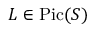
L \in { \mathrm { P i c } } ( S )